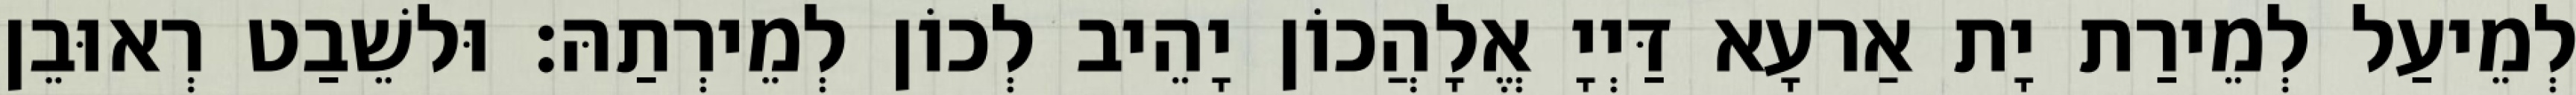
לְמֵיעַל לְמֵירַת יָת אַרעָא דַּיְיָ אֱלָהֲכוֹן יָהֵיב לְכוֹן לְמֵירְתַהּ׃ וּלשֵׁבַט רְאוּבֵן